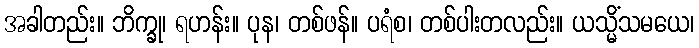
အခါတည်း။ ဘိက္ခု၊ ရဟန်း။ ပုန၊ တစ်ဖန်။ ပရံစ၊ တစ်ပါးတလည်း။ ယသ္မိံသမယေ၊